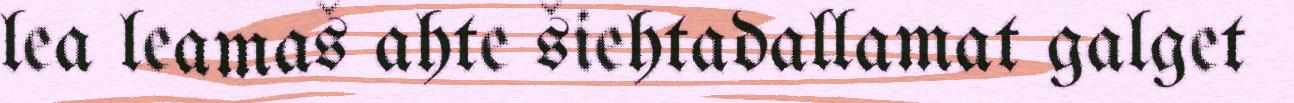
lea leamaš ahte šiehtadallamat galget